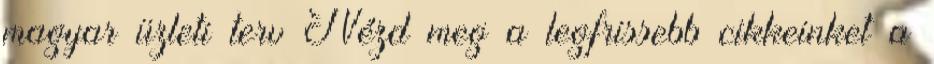
magyar üzleti terv Nézd meg a legfrissebb cikkeinket a